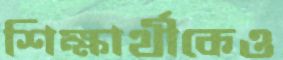
শিক্ষার্থীকেও